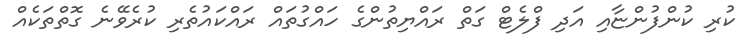
ކުރި ކުންފުންޏާއި އަދި ފްލެޓް ގަތް ރައްޔިތުންގެ ހައްގުތައް ރައްކައުތެރި ކުރެވޭނެ ގޮތްތަކެއް